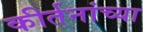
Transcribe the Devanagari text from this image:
कीर्तनांच्या